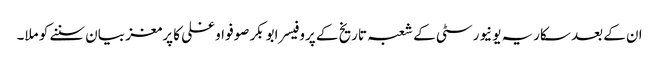
ان کے بعد سکاریہ یونیورسٹی کے شعبہ تاریخ کے پروفیسر ابوبکر صوفو اوغلی کا پرمغز بیان سننے کو ملا۔